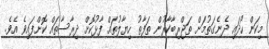
މިކަން ހޯދައި ދެނެގަތުމަށް ތަޖްރިބާކާރުން ތަފާތު ހިޔާލުތައް ފާޅުކޮށް ދިރާސާތައް ކޮށްފައިވެ އެވެ.